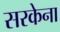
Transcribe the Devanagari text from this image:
सरकेना